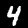
Label: 4